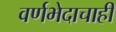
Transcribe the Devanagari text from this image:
वर्णभेदाचाही